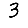
Digit: 3